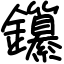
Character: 𨰭